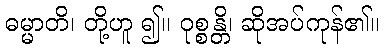
ဓမ္မာတိ၊ တို့ဟူ ၍။ ဝုစ္စန္တိ၊ ဆိုအပ်ကုန်၏။